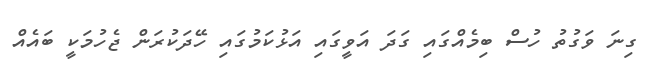
ގިނަ ވަގުތު ހުސް ބިމެއްގައި ގަދަ އަވީގައި އަޅުކަމުގައި ހޭދަކުރަން ޖެހުމަކީ ބައެއް